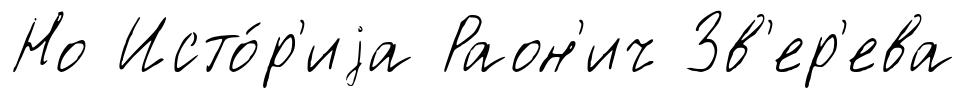
Но Исто́р'иjа Раон'ич Зв'ер'ева